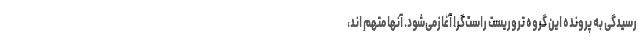
رسیدگی به پرونده این گروه تروریست راست‌گرا آغازمی‌شود. آنها متهم اند،